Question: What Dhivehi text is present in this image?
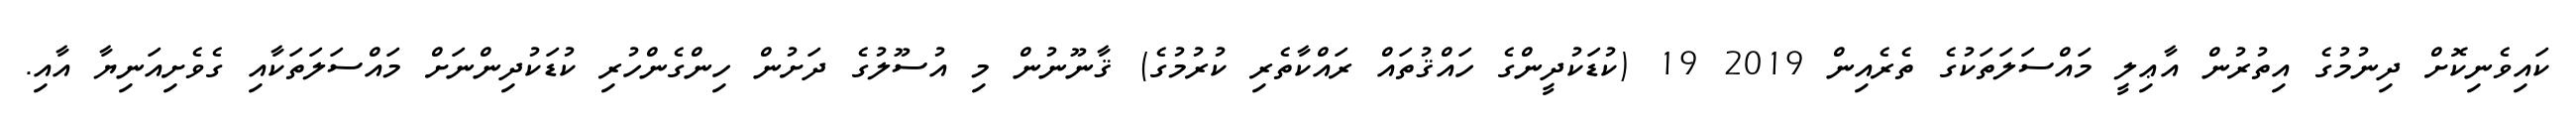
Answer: ކައިވެނިކޮށް ދިނުމުގެ އިތުރުން އާޢިލީ މައްސަލަތަކުގެ ތެރެއިން 2019 19 (ކުޑަކުދީންގެ ހައްޤުތައް ރައްކާތެރި ކުރުމުގެ) ޤާނޫނުން މި އުސޫލުގެ ދަށުން ހިންގެންހުރި ކުޑަކުދިންނަށް މައްސަލަތަކާއި ގެވެށިއަނިޔާ އާއި.